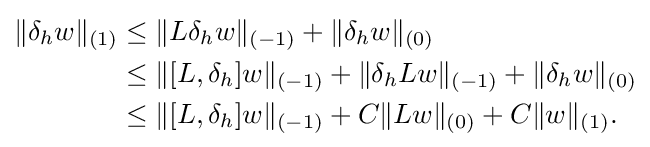
{\begin{aligned}\|\delta _{h}w\|_{(1)}&\leq \|L\delta _{h}w\|_{(-1)}+\|\delta _{h}w\|_{(0)}\\&\leq \|[L,\delta _{h}]w\|_{(-1)}+\|\delta _{h}Lw\|_{(-1)}+\|\delta _{h}w\|_{(0)}\\&\leq \|[L,\delta _{h}]w\|_{(-1)}+C\|Lw\|_{(0)}+C\|w\|_{(1)}.\end{aligned}}